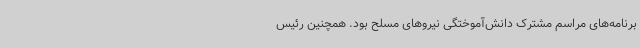
برنامه‌های مراسم مشترک دانش‌آموختگی نیروهای مسلح بود. همچنین رئیس